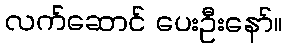
လက်ဆောင် ပေးဦးနော်။